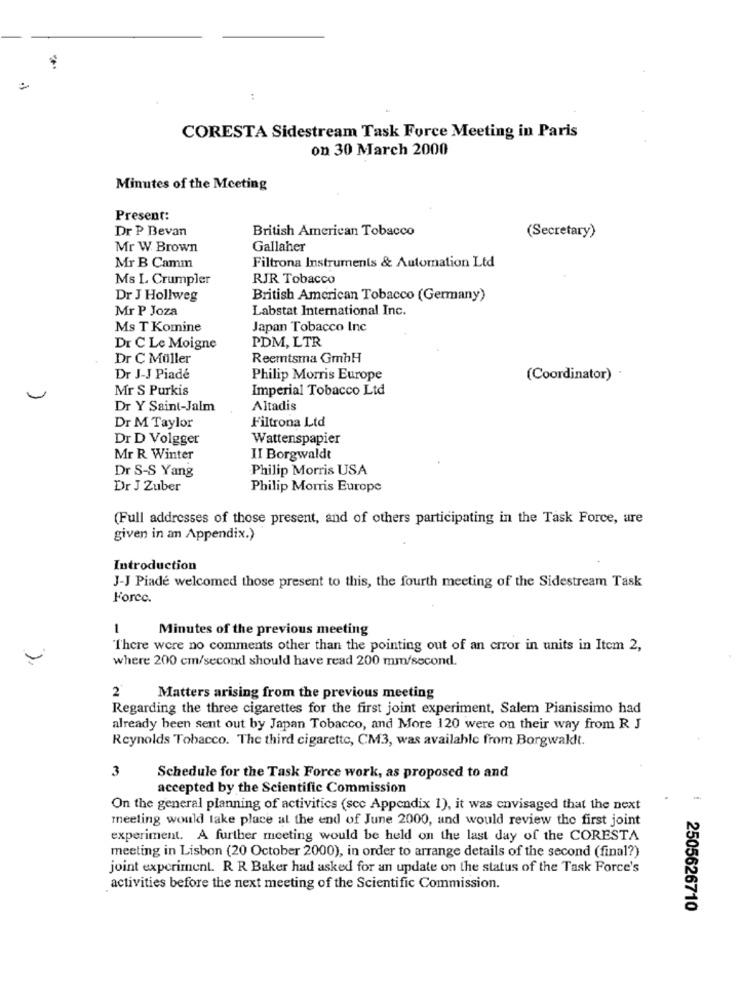
:
CORESTA Sidestream Task Force Meeting in Paris
on 30 March 2000
Minutes of the Meeting
Present:
Dr P Bevan
British American Tobacco
(Secretary)
Mr W. Brown
Gallaher
Filtrona Instruments & Automation Ltd
Mr B Camm
Ms L Crumpler
RJR Tobacco
Dr J Hollweg
British American Tobacco (Germany)
Mr P Joza
Labstat International Inc.
Ms T Komine
Japan Tobacco Inc
Dr C Le Moigne
PDM, LTR
Dr C Müller
Reemtsma GmbH
Dr J-J Piade
Philip Morris Europe
(Coordinator)
Mr S Purkis
Imperial Tobacco Ltd
Dr Y Saint-Jalm
Altadis
Dr M Taylor
Filtrona Ltd
Dr D Volgger
Wattenspapier
Mr R Winter
II Borgwaldt
Dr S-S Yang
Philip Morris USA
Dr J Zuber
Philip Morris Europe
(Full addresses of those present, and of others participating in the Task Force, are
given in an Appendix.)
Introduction
J-J Piade welcomed those present to this, the fourth meeting of the Sidestream Task
Force.
1
Minutes of the previous meeting
I'here were no comments other than the pointing out of an error in units in Item 2,
where 200 cm/second should have read 200 mm/second.
2
Matters arising from the previous meeting
Regarding the three cigarettes for the first joint experiment, Salem Pianissimo had
already been sent out by Japan Tobacco, and More 120 were on their way from R J
Reynolds Tobacco. The third cigarette, CM3, was available from Borgwaklt.
3
Schedule for the Task Force work, as proposed to and
accepted by the Scientific Commission
On the general planning of activities (scc Appendix 1), it was envisaged that the next
meeting would take place al the end of June 2000, and would review the first joint
experiment. A further meeting would be held on the last day of the CORESTA
meeting in Lisbon (20 October 2000), in order to arrange details of the second (final?)
joint experiment. R R Baker had asked for an update on the status of the Task Force's
activities before the next meeting of the Scientific Commission.
2505626710